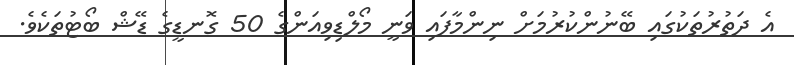
އެ ދަތުރުތަކުގައި ބޭނުންކުރުމަށް ނިންމާފައި ވަނީ މޯލްޑިވިއަންގެ 50 ގޮނޑީގެ ޑޭޝް ބޯޓުތަކެވެ.